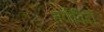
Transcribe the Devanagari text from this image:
तर्कविदों